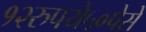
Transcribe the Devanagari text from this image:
१२रुपये५०पेसे